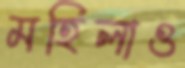
মহিলাও